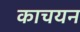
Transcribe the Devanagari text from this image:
काचयन